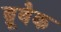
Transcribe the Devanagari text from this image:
ब्रूबैक